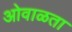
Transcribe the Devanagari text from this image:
ओवाळता